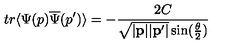
t r \langle \Psi ( p ) \overline { { \Psi } } ( p ^ { \prime } ) \rangle = - \frac { 2 C } { \sqrt { | { \bf p } | | { \bf p } ^ { \prime } | } \sin ( \frac { \theta } { 2 } ) }